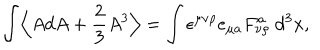
\int \Bigl \langle A d A + \frac { 2 } { 3 } A ^ { 3 } \Bigr \rangle = \int \epsilon ^ { \mu \nu \rho } e _ { \mu a } F _ { \nu \rho } ^ { a } ~ d ^ { 3 } x ,